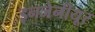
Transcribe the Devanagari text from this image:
इनजेनीयूर